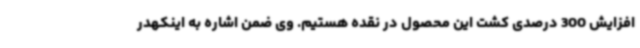
افزایش 300 درصدی کشت این محصول در نقده هستیم. وی ضمن اشاره به اینکهدر